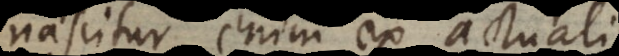
nascitur enim ex actuali